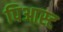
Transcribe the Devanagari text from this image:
पिआस्ट